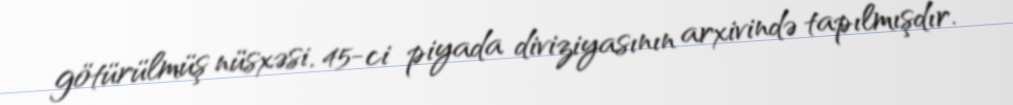
götürülmüş nüsxəsi, 45-ci piyada diviziyasının arxivində tapılmışdır.